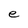
Character: e